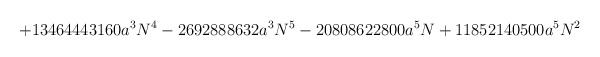
\begin{align*}+13464443160a^{3}N^{4}-2692888632a^{3}N^{5}-20808622800a^{5}N+11852140500a^{5}N^{2}\end{align*}